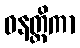
ဓနတ္ထိကာ